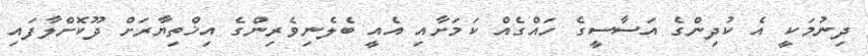
ދިނުމަކީ އެ ކުދިންގެ އަސާސީގެ ހައްގެއް ކަމަށާއި އެއީ ބެލެނިވެރިންގެ އިޚްތިޔާރަށް ދޫކޮށްލާފައި